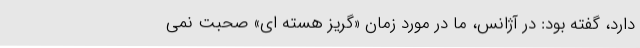
دارد، گفته بود: در آژانس، ما در مورد زمان «گریز هسته ای» صحبت نمی